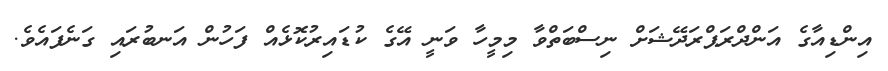
އިންޑިއާގެ އަންދްރަޕްރަދޭޝަށް ނިސްބަތްވާ މިމީހާ ވަނީ އޭގެ ކުޑައިރުކޮޅެއް ފަހުން އަނބުރައި ގަނެފައެވެ.